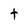
Character: t